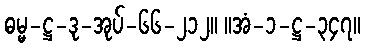
ဓမ္မ-ဋ္ဌ-ဒု-အုပ်-၆၆-၂၁၂။ ။အံ-၁-ဋ္ဌ-၃၄၇။